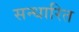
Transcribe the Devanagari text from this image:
सन्धारित